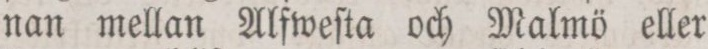
nan mellan Alfweſta och Malmö eller